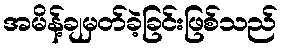
အမိန့်ချမှတ်ခဲ့ခြင်းဖြစ်သည်